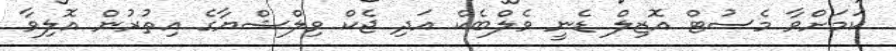
ކަމަށްވާ މެސުޓް އޮޒިލް ޑެނީ ވެލްބެކް އަދި ޖެކް ވިލްޝްޔާގެ އިތުރުން އޮލިވާ